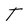
Character: T